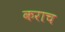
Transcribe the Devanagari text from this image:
कराच